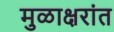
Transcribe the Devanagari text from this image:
मुळाक्षरांत